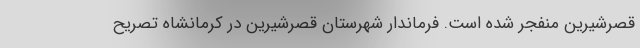
قصرشیرین منفجر شده است. فرماندار شهرستان قصرشیرین در کرمانشاه تصریح